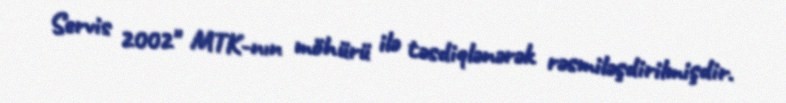
Servis 2002" MTK-nın möhürü ilə təsdiqlənərək rəsmiləşdirilmişdir.